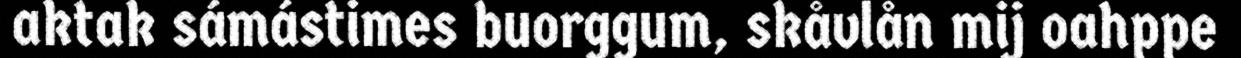
aktak sámástimes buorggum, skåvlån mij oahppe